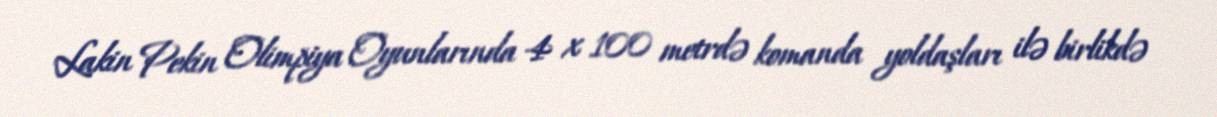
Lakin Pekin Olimpiya Oyunlarında 4 x 100 metrdə komanda yoldaşları ilə birlikdə